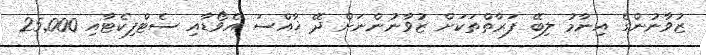
ޒުވާނުންގެ އިނާމު ލިބޭ ފަރާތްތަކަށް ޒުވާނުންނަށް ދޭ ޚާއްސަ އެވޯޑާއި ސެޓްފިކެޓާއި 25